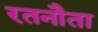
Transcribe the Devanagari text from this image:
रतनौता